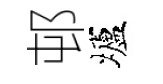
邨壚